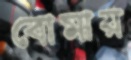
বোমায়